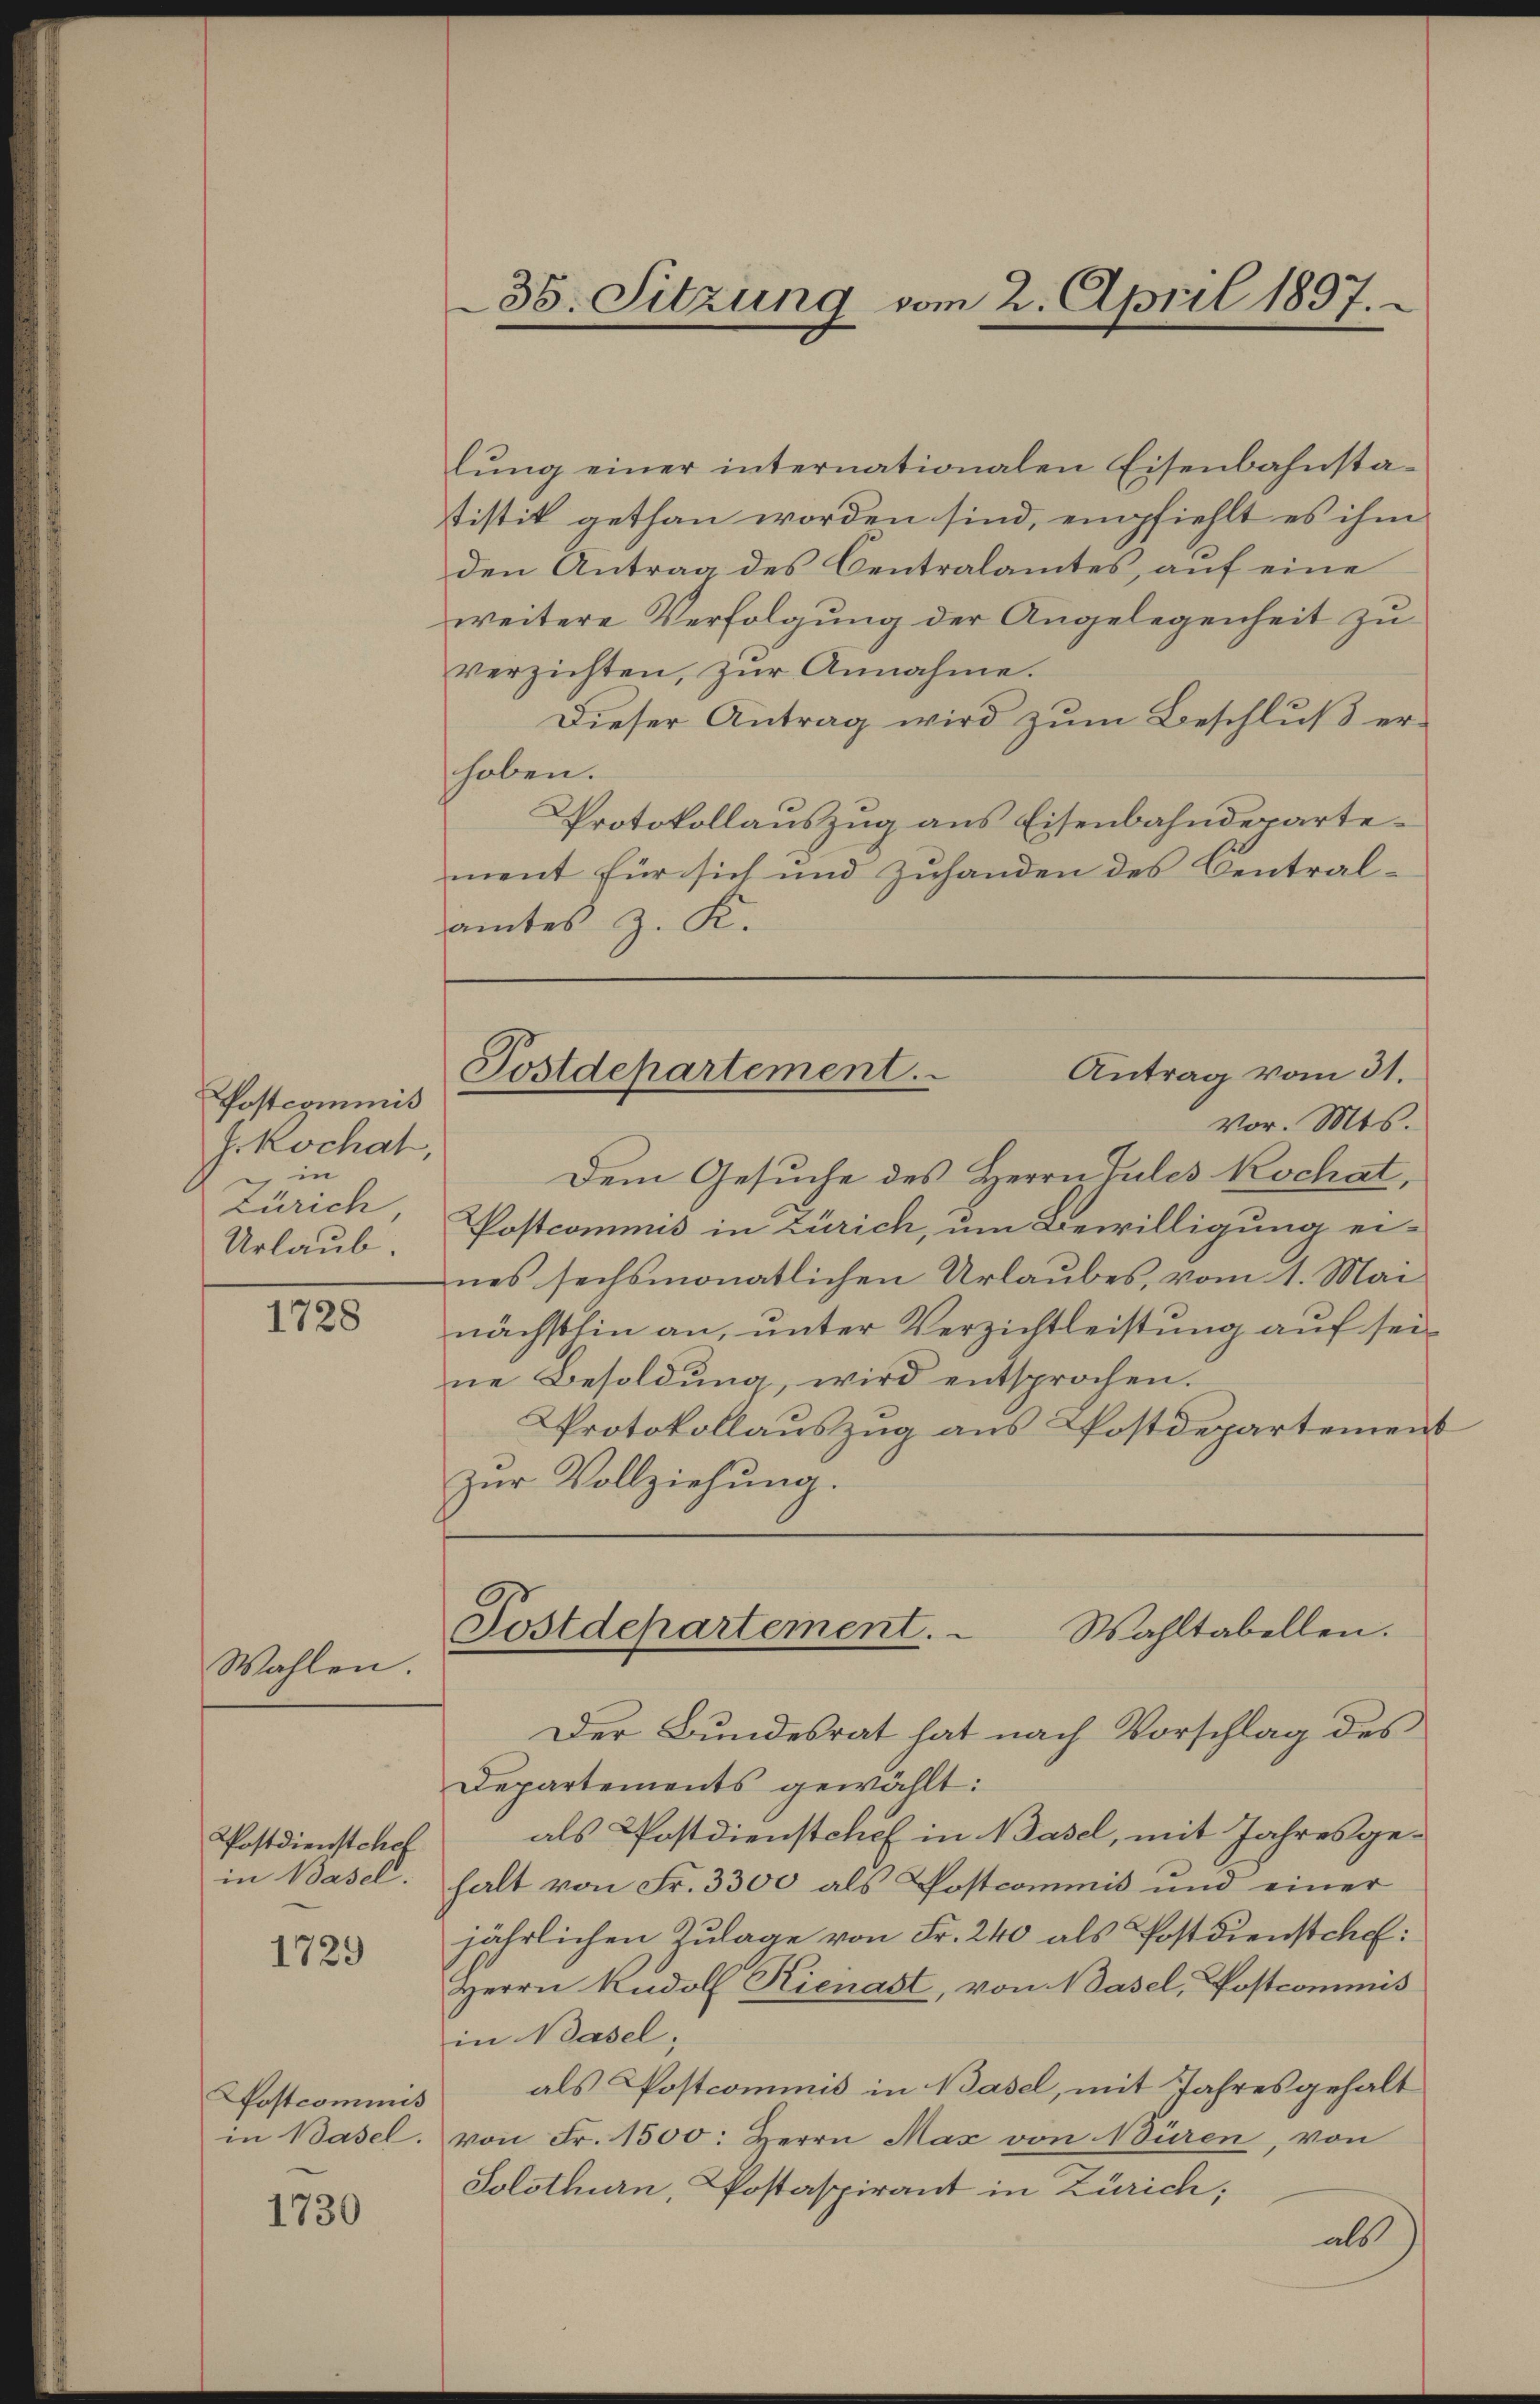
Postcommis
J.Kochat,
in
Zürich
Urlaub.

1728

Wahlen.

Postdienstchef
in Basel.

1729

Postcommis
in Basel.

1730

lŭng einer internationalen Eisenbahnstatistik gethan worden sind, empfiehlt es ihm
den Antrag des Centralamtes, auf eine
weitere Verfolgung der Angelegenheit zu
verzichten, zŭr Annahme.
Dieser Antrag wird zŭm Beschlŭβ er-
hoben.
Protokollauszug aus Eisenbahndepartement für sich und Zuhanden des Central-
amtes z. K.

36. Sitzung vom 2. April 1897.

Postdepartement.
Antrag vom 31.

vor. Mts.
Dem Gesuche des Herrn Pules Kochat,
Postcommis in Zürich, um Bewilligung eines sechsmonatlichen Urlaubes, vom 1. Mai
nächsthin an, unter Verzichtleistung auf seine Besoldŭng wird entsprochen.
Protokollauszug aus Postdepartement
zŭr Vollziehŭng.
Postdepartement.
Wahltabellen.
Der Bundesrat hat nach Vorschlag des
Departements gewählt:
als Postdienstchef in Basel, mit Jahresgehalt von Fr. 3300 als Postcommis und einer
jährlichen Zulage von Fr. 240 als Postdienstchef:
Herrn Rudolf Kienast, von 1 Vasel, Postcommis
in Basel,
als Postcommnis in Basel, mit Jahres gehalt
von Fr. 1500: Herrn Max von Nüren, von
Solothurn, Postaspirant in Zürich;
als